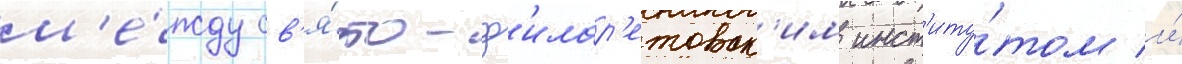
м'е́жду св'я́то-ф'илар'етовск'им инст'иту́том и́